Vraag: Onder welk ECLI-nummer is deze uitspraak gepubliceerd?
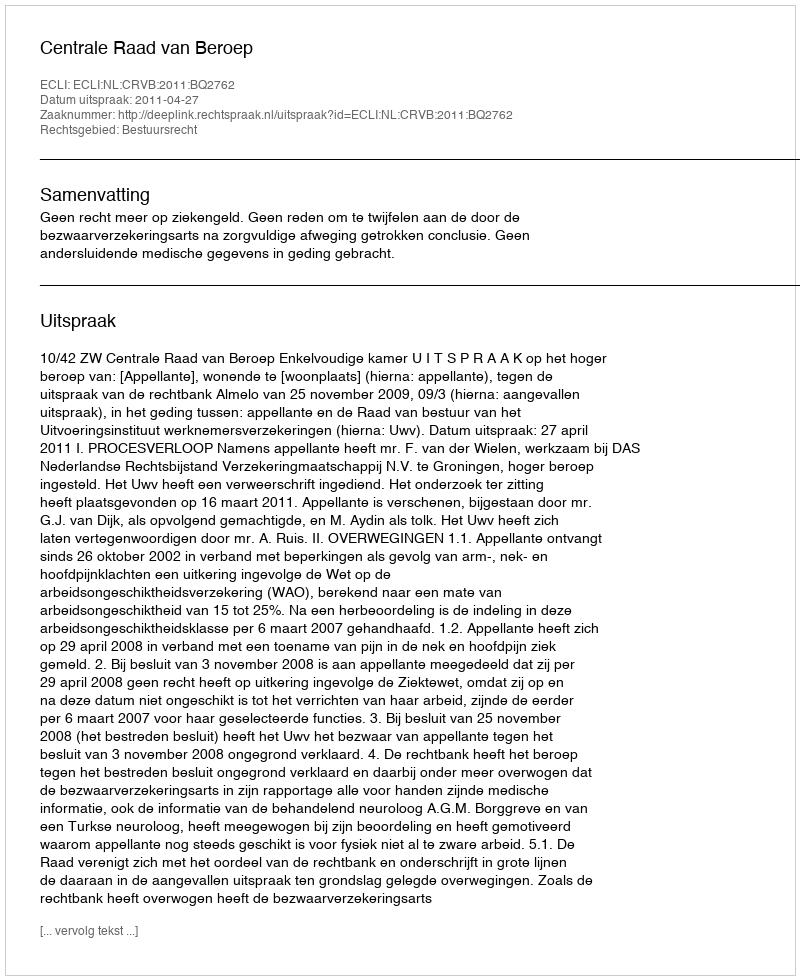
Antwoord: ECLI:NL:CRVB:2011:BQ2762